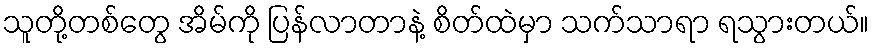
သူတို့တစ်တွေ အိမ်ကို ပြန်လာတာနဲ့ စိတ်ထဲမှာ သက်သာရာ ရသွားတယ်။